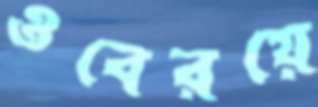
ওবেরয়ে